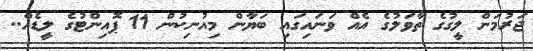
ޖަރުމަން ލީގުގެ ތާވަލުގެ އެއް ވަނައިގައި ބަޔާން މިއުނިކުން 11 ޕޮއިންޓުގެ ލީޑެއް..